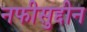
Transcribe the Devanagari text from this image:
नफीसुद्दीन